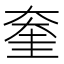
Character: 𡙔